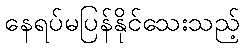
နေရပ်မပြန်နိုင်သေးသည့်